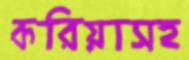
করিয়াসহ